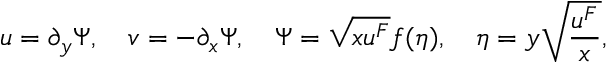
u = \partial _ { y } \Psi , \quad v = - \partial _ { x } \Psi , \quad \Psi = \sqrt { x u ^ { F } } f ( \eta ) , \quad \eta = y \sqrt { \frac { u ^ { F } } { x } } ,